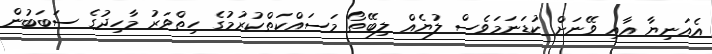
އެއަނިޔާ އާއި ވޭނަށް ކުޑަނަމަވެސް ލުޔެއް ލިބޭތޯ މަސައްކަތްކުރުމުގެ ހިތްވަރު މާހިދުގެ ސަބަބުން